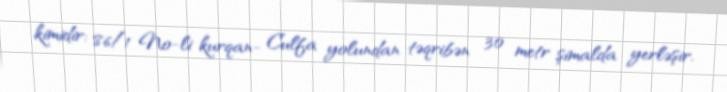
kimidir: 86/1 №-li kurqan- Culfa yolundan təqribən 30 metr şimalda yerləşir.